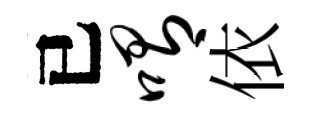
已喟依